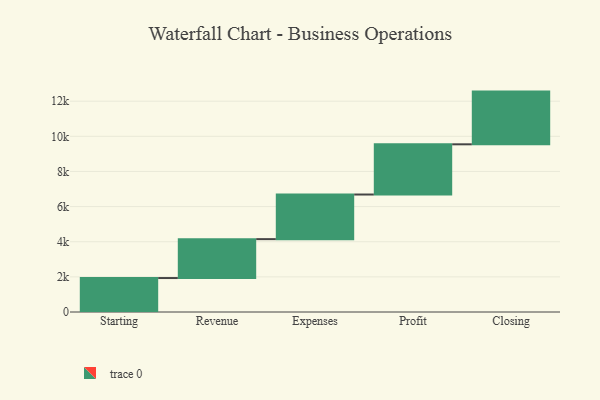
{"axis": {"x": "Step", "y": "Value"}, "legend": [""], "data": [{"x": "Starting", "y": 1933.0, "type": ""}, {"x": "Revenue", "y": 2214.0, "type": ""}, {"x": "Expenses", "y": 2540.0, "type": ""}, {"x": "Profit", "y": 2858.0, "type": ""}, {"x": "Closing", "y": 3000, "type": ""}]}